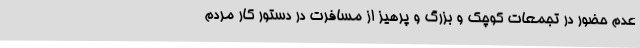
عدم حضور در تجمعات کوچک و بزرگ و پرهیز از مسافرت در دستور کار مردم